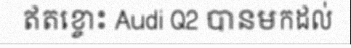
ឥតខ្ចោះ Audi Q2 បានមកដល់